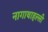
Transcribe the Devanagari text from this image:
नागाथाहल्ली